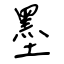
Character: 墨